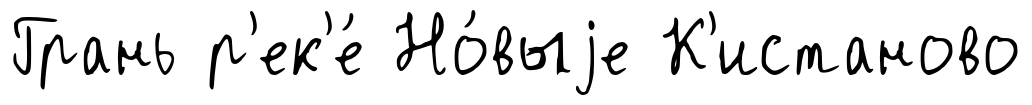
Грань р'ек'е́ Но́выjе К'истаново